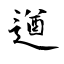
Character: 遒